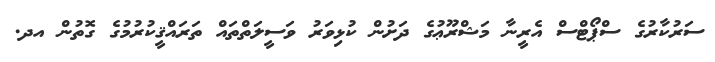
ސަރުކާރުގެ ސްޕޯޓްސް އެރީނާ މަޝްރޫޢުގެ ދަށުން ކުޅިވަރު ވަސީލަތްތައް ތަރައްޤީކުރުމުގެ ގޮތުން އދ.